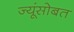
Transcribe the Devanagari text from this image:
ज्यूंसोबत